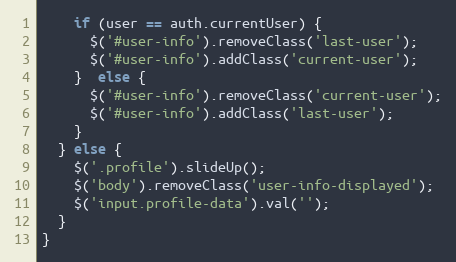
Language: JavaScript
    if (user == auth.currentUser) {
      $('#user-info').removeClass('last-user');
      $('#user-info').addClass('current-user');
    }  else {
      $('#user-info').removeClass('current-user');
      $('#user-info').addClass('last-user');
    }
  } else {
    $('.profile').slideUp();
    $('body').removeClass('user-info-displayed');
    $('input.profile-data').val('');
  }
}